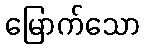
မြောက်သော